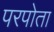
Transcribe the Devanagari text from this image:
परपोता